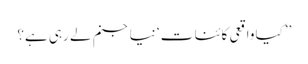
’’کیا واقعی کائنا ت ‘ نیا جنم لے رہی ہے؟